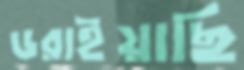
ডরাইয়াছি